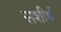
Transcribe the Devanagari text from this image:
सशीर्ष